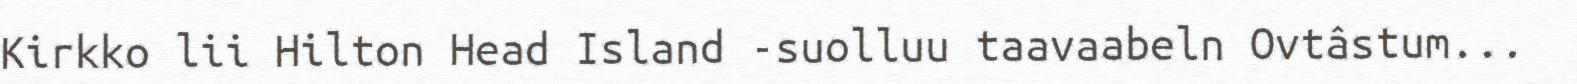
Kirkko lii Hilton Head Island -suolluu taavaabeln Ovtâstum...